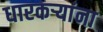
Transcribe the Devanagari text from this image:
धारकर्‍यांना